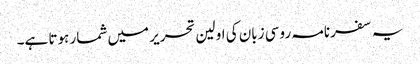
یہ سفرنامہ روسی زبان کی اولین تحریر میں شمار ہوتا ہے۔